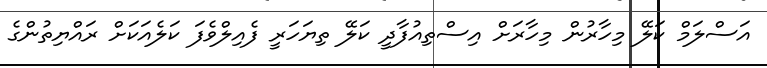
އަސްލަމް ކަލޭ މިހާރުން މިހާރަށް އިސްތިއުފާދީ ކަލޭ ތިޔަހަރީ ފެއިލްވެފަ ކަލެއަކަށް ރައްޔިތުންގެ